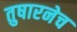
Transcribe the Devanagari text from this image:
तुषारनेच